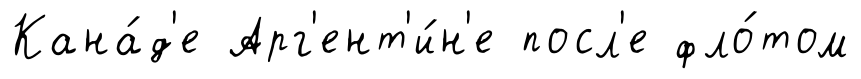
Кана́д'е Арг'ент'и́н'е посл'е фло́том